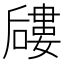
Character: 𱕎